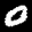
Label: 0